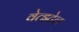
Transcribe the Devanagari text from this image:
वेत्झ्टेल